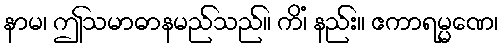
နာမ၊ ဤသမာဓာနမည်သည်။ ကိံ၊ နည်း။ ဧကာရမ္မဏေ၊